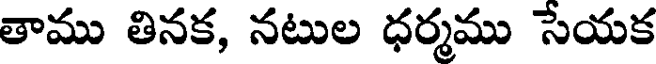
తాము తినక, నటుల ధర్మము సేయక